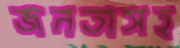
জনতাসহ